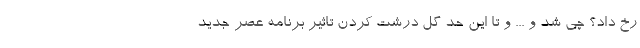
رخ داد؟ چی شد و ... و تا این حد گل درشت کردن تاثیر برنامه عصر جدید